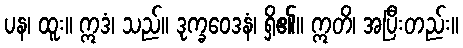
ပန၊ ထူး။ ဣဒံ၊ သည်။ ဒုက္ခဝေဒနံ၊ ရှိ၏။ ဣတိ၊ အပြီးတည်း။